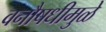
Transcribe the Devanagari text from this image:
वनौषधीमुळे